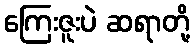
ကြေးဇူးပဲ ဆရာတို့